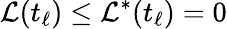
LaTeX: \mathcal{L}(t_{\ell})\leq\mathcal{L}^{*}(t_{\ell})=0